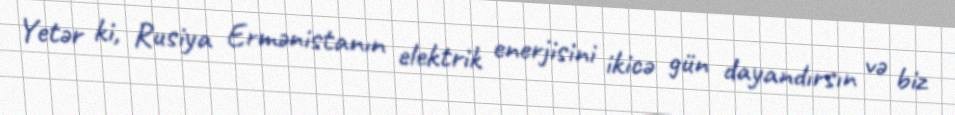
Yetər ki, Rusiya Ermənistanın elektrik enerjisini ikicə gün dayandırsın və biz